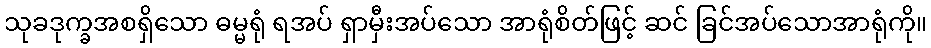
သုခဒုက္ခအစရှိသော ဓမ္မရုံ ရအပ် ရှာမှီးအပ်သော အာရုံစိတ်ဖြင့် ဆင် ခြင်အပ်သောအာရုံကို။